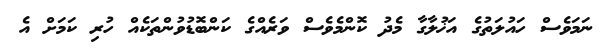
ނަމަވެސް ހައުލަތުގެ އަޚުލާގާ މެދު ކޮންމެވެސް ވަރެއްގެ ކަންބޮޑުވުންތަކެއް ހުރި ކަމަށް އެ